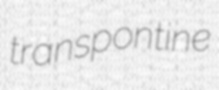
transpontine